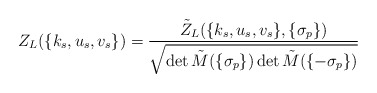
\begin{align*}Z_L(\{k_s,u_s,v_s\})=\frac{\tilde Z_L(\{k_s,u_s,v_s\},\{\sigma_p\})}{\sqrt{\det \tilde M(\{\sigma_p\})\det \tilde M(\{-\sigma_p\})}}\end{align*}